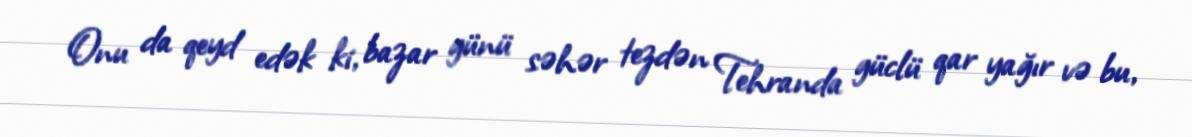
Onu da qeyd edək ki, bazar günü səhər tezdən Tehranda güclü qar yağır və bu,